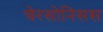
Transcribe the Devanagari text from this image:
चेरसोनिसस